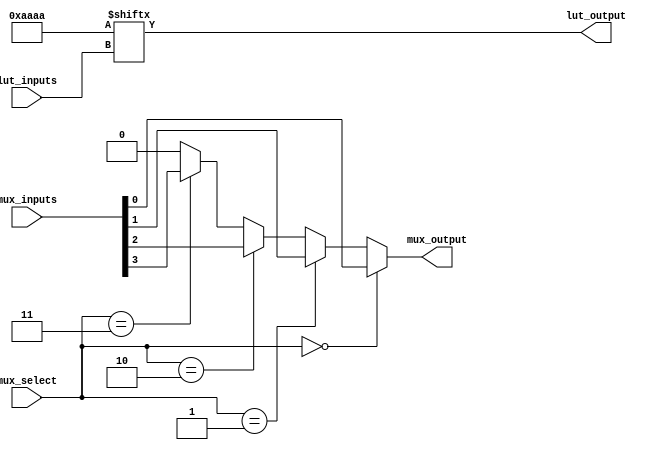
module CLB (
    input wire [3:0] lut_inputs,    // 4 inputs for the LUT
    input wire [1:0] mux_select,     // Select signal for MUX
    input wire [3:0] mux_inputs,      // Inputs for the MUX
    output wire lut_output,           // Output from the LUT
    output wire mux_output            // Output from the MUX
);

// LUT implementation (4-input LUT)
reg [15:0] lut_memory; // 16 possible combinations for 4 inputs

// Initialize LUT with some example truth values
initial begin
    lut_memory = 16'b1010101010101010; // Example truth table
end

// LUT output logic
assign lut_output = lut_memory[lut_inputs];

// MUX implementation
assign mux_output = (mux_select == 2'b00) ? mux_inputs[0] :
                    (mux_select == 2'b01) ? mux_inputs[1] :
                    (mux_select == 2'b10) ? mux_inputs[2] :
                    (mux_select == 2'b11) ? mux_inputs[3] : 1'b0;

endmodule